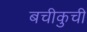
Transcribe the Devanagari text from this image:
बचीकुची